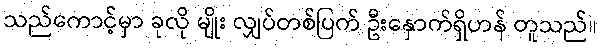
သည်ကောင့်မှာ ခုလို မျိုး လျှပ်တစ်ပြက် ဦးနှောက်ရှိဟန် တူသည်။